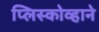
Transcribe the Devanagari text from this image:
प्लिस्कोव्हाने